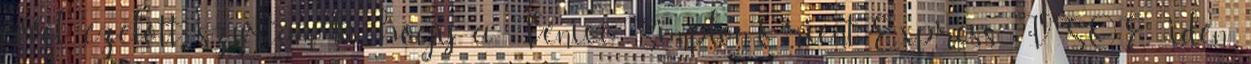
évvel ezelőtt szúrtam ki, hogy a Venice-Simplon-Orient-Express VSOE idén